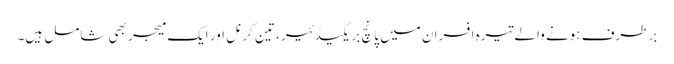
برطرف ہونے والے تیرہ افسران میں پانچ بریگیڈئیر، تین کرنل اور ایک میجر بھی شامل ہیں۔